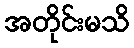
အတိုင်းမသိ